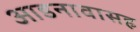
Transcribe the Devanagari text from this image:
आडनावासह